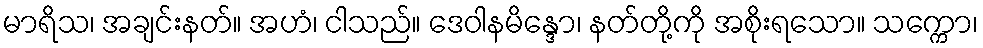
မာရိသ၊ အချင်းနတ်။ အဟံ၊ ငါသည်။ ဒေဝါနမိန္ဒော၊ နတ်တို့ကို အစိုးရသော။ သက္ကော၊